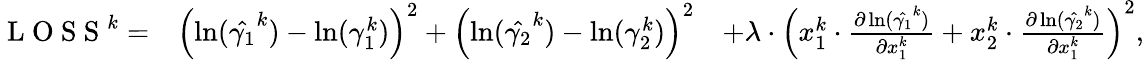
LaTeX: \begin{array}{rlr}{\mathrm{~L~O~S~S~}^{k}=}&{{}\left(\ln(\hat{\gamma_{1}}^{k})-\ln(\gamma_{1}^{k})\right)^{2}+\left(\ln(\hat{\gamma_{2}}^{k})-\ln(\gamma_{2}^{k})\right)^{2}}&{+\lambda\cdot\left(x_{1}^{k}\cdot\frac{\partial\ln(\hat{\gamma_{1}}^{k})}{\partial x_{1}^{k}}+x_{2}^{k}\cdot\frac{\partial\ln(\hat{\gamma_{2}}^{k})}{\partial x_{1}^{k}}\right)^{2},}\end{array}